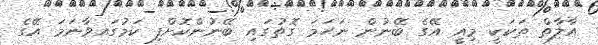
އާލާތް ތަކަކީ މިއީ އޭގެ ބޭނުން ނަހަމަ ގޮތުގައި ބޭނުންކޮށްފި ކަމުގައވާނަމަ އޭގެ